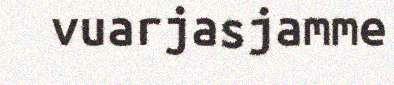
vuarjasjamme